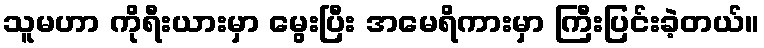
သူမဟာ ကိုရီးယားမှာ မွေးပြီး အမေရိကားမှာ ကြီးပြင်းခဲ့တယ်။